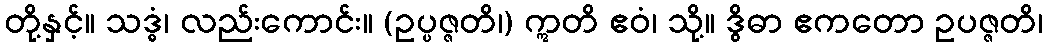
တို့နှင့်။ သဒ္ဓံ၊ လည်းကောင်း။ (ဥပ္ပဇ္ဇတိ၊) ဣတိ ဧဝံ၊ သို့။ ဒွိဓာ ဧကတော ဥပဇ္ဇတိ၊